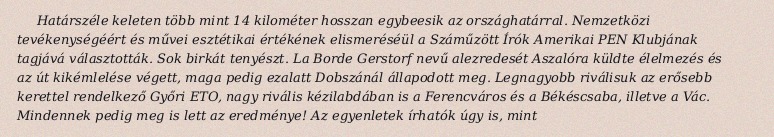
Határszéle keleten több mint 14 kilométer hosszan egybeesik az országhatárral. Nemzetközi tevékenységéért és művei esztétikai értékének elismeréséül a Száműzött Írók Amerikai PEN Klubjának tagjává választották. Sok birkát tenyészt. La Borde Gerstorf nevű alezredesét Aszalóra küldte élelmezés és az út kikémlelése végett, maga pedig ezalatt Dobszánál állapodott meg. Legnagyobb riválisuk az erősebb kerettel rendelkező Győri ETO, nagy rivális kézilabdában is a Ferencváros és a Békéscsaba, illetve a Vác. Mindennek pedig meg is lett az eredménye! Az egyenletek írhatók úgy is, mint